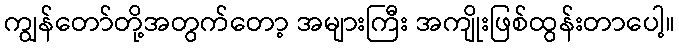
ကျွန်တော်တို့အတွက်တော့ အများကြီး အကျိုးဖြစ်ထွန်းတာပေါ့။